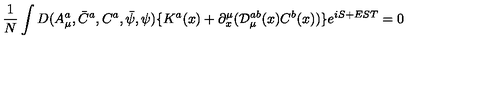
\frac 1 N \int D ( A _ { \mu } ^ { a } , \bar { C } ^ { a } , C ^ { a } , \bar { \psi } , \psi ) \{ K ^ { a } ( x ) + \partial _ { x } ^ { \mu } ( { \cal D } _ { \mu } ^ { a b } ( x ) C ^ { b } ( x ) ) \} e ^ { i S + E S T } = 0